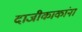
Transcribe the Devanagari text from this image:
दाजीकाकांना